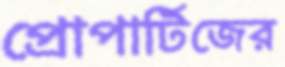
প্রোপার্টিজের